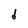
Character: d